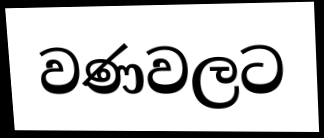
වණවලට